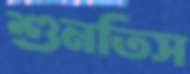
শুনতিস